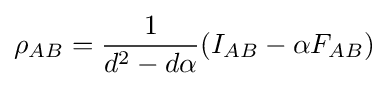
\rho _{AB}={\frac {1}{d^{2}-d\alpha }}(I_{AB}-\alpha F_{AB})